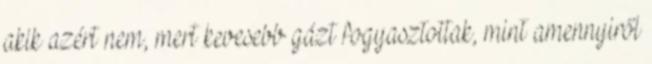
akik azért nem, mert kevesebb gázt fogyasztottak, mint amennyiről